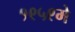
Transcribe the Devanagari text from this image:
१९५९मे